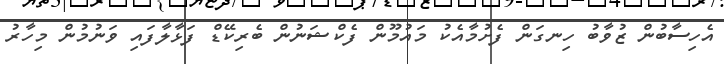
އެހިސާބުން ޒުވާބު ހިނގަން ފެށުމާއެކު މައުމޫން ފެކްޝަނުން ބެރިކޭޑް ފަޅާލާފައި ވަނުމުން މިހާރު